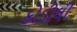
કોડીલી